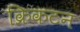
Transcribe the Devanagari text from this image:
क्रिकटन